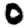
Digit: 0